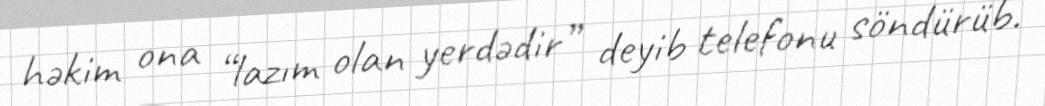
həkim ona “lazım olan yerdədir” deyib telefonu söndürüb.